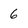
Character: 6